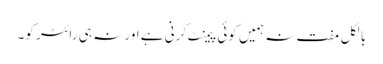
بالکل مفت نہ ہمیں کوئی پیمنٹ کرنی ہے اور نہ ہی رائٹر کو۔